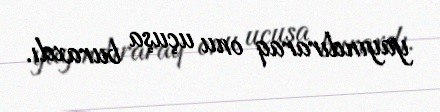
yayındıraraq onu uçuşa buraxdı.